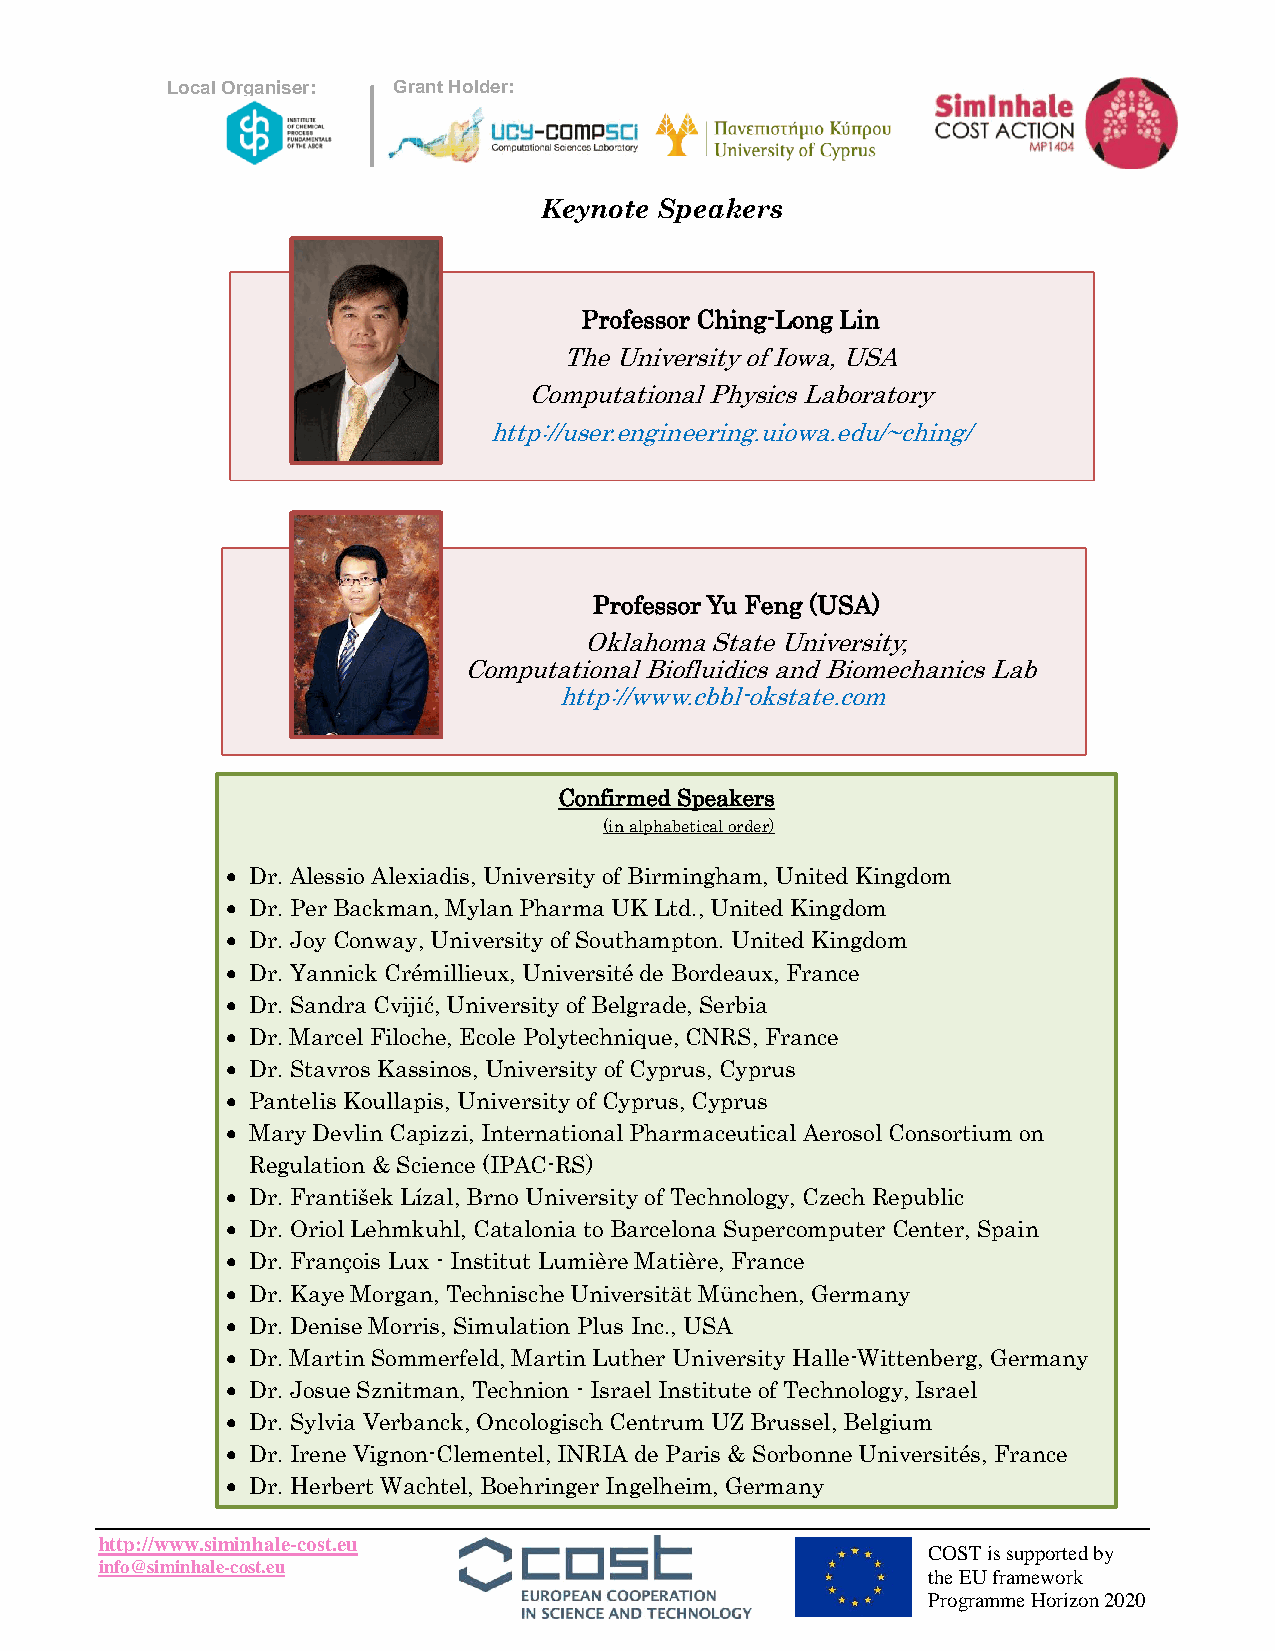
Lo cal Organiser: Grant Holder:
 Keynote Speakers
 Professor Ching-Long Lin
 The University of Iowa, USA
 Computational Physics Laboratory
 http://user.engineering.uiowa.edu/~ching/
 Professor Yu Feng (USA)
 Oklahoma State University,
 Computational Biofluidics and Biomechanics Lab
 http://www.cbbl-okstate.com
 Confirmed Speakers
 (in alphabetical order)
  Dr. Alessio Alexiadis, University of Birmingham, United Kingdom
  Dr. Per Backman, Mylan Pharma UK Ltd., United Kingdom
  Dr. Joy Conway, University of Southampton. United Kingdom
  Dr. Yannick Crémillieux, Université de Bordeaux, France
  Dr. Sandra Cvijić, University of Belgrade, Serbia
  Dr. Marcel Filoche, Ecole Polytechnique, CNRS, France
  Dr. Stavros Kassinos, University of Cyprus, Cyprus
  Pantelis Koullapis, University of Cyprus, Cyprus
  Mary Devlin Capizzi, International Pharmaceutical Aerosol Consortium on
 Regulation & Science (IPAC-RS)
  Dr. František Lízal, Brno University of Technology, Czech Republic
  Dr. Oriol Lehmkuhl, Catalonia to Barcelona Supercomputer Center, Spain
  Dr. François Lux - Institut Lumière Matière, France
  Dr. Kaye Morgan, Technische Universität München, Germany
  Dr. Denise Morris, Simulation Plus Inc., USA
  Dr. Martin Sommerfeld, Martin Luther University Halle-Wittenberg, Germany
  Dr. Josue Sznitman, Technion - Israel Institute of Technology, Israel
  Dr. Sylvia Verbanck, Oncologisch Centrum UZ Brussel, Belgium
  Dr. Irene Vignon-Clementel, INRIA de Paris & Sorbonne Universités, France
  Dr. Herbert Wachtel, Boehringer Ingelheim, Germany
 http://www.siminhale-cost.eu
 COST is supported by
 info@siminhale-cost.eu
 the EU framework
 Programme Horizon 2020